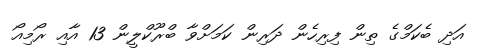
އަދި ބެކަމްގެ ތިން ފިރިހެން ދަރިން ކަމަށްވާ ބްރޫކްލީން 13 އާއި ރޯމިއޯ